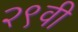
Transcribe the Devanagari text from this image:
२९वी